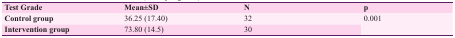
<table><thead><tr><td><b>Test Grade</b></td><td><b>Mean±SD</b></td><td><b>N</b></td><td><b>p</b></td></tr></thead><tbody><tr><td><b>Control group</b></td><td> 36.25(17.40) </td><td> 32 </td><td rowspan="2"> 0.001 </td></tr><tr><td><b>Intervention group</b></td><td> 73.80(14.5) </td><td> 30 </td></tr></tbody></table>